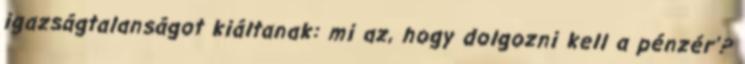
igazságtalanságot kiáltanak: mi az, hogy dolgozni kell a pénzér'?